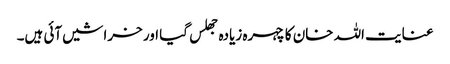
عنایت اللہ خان کا چہرہ زیادہ جھلس گیا اور خراشیں آئی ہیں۔